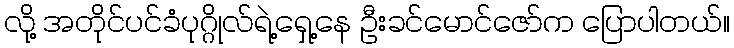
လို့ အတိုင်ပင်ခံပုဂ္ဂိုလ်ရဲ့ရှေ့နေ ဦးခင်မောင်ဇော်က ပြောပါတယ်။